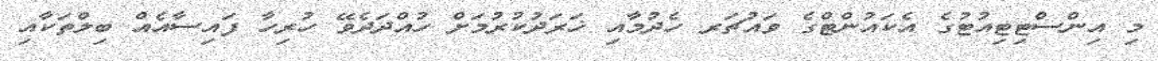
މި އިންސްޓިޓިއުޓުގެ އެކައުންޓްގެ ވައުޗަރ ހެދުމާއި ޚަރަދުކުރުމަށް ހުއްދަދެވޭ ހުރިހާ ފައިސާއެއް ބިލްތަކާއި